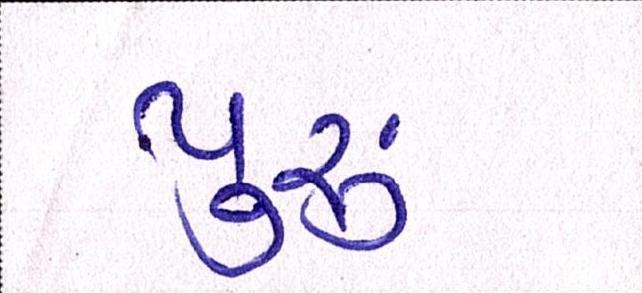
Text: પૂ્રું